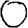
Digit: 0